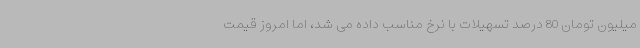
میلیون تومان 80 درصد تسهیلات با نرخ مناسب داده می شد، اما امروز قیمت